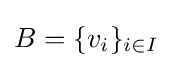
B=\{v_{i}\}_{i\in I}